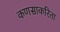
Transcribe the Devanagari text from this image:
कणसाकरिता